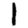
Digit: 1